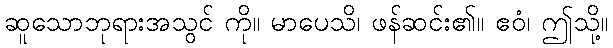
ဆူသောဘုရားအသွင် ကို။ မာပေသိ၊ ဖန်ဆင်း၏။ ဧဝံ၊ ဤသို့။